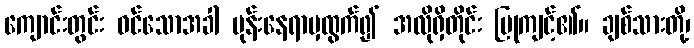
ကျောင်းတွင်း ဝင်သောအခါ ပုန်းနေရာမှထွက်၍ အလိုရှိတိုင်း ပြုကျင့်၏။ ချစ်သားတို့၊